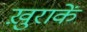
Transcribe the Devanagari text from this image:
ख़ुराकें